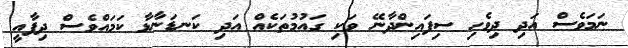
ނަމަވެސް އަދި ދިވެހި ސިފައިންދާނޭ ވަކި ގައުމުތަކެއް އަދި ކަނޑަނާޅާ ކަމައްވެސް ދިފާއީ